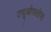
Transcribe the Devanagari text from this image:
ट्यूओफ्लोस